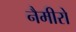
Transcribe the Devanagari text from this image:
नैमीरो